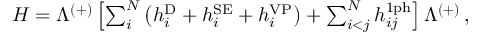
\begin{array} { r } { H = \Lambda ^ { ( + ) } \left[ \sum _ { i } ^ { N } \left( h _ { i } ^ { \mathrm { D } } + h _ { i } ^ { \mathrm { S E } } + h _ { i } ^ { \mathrm { V P } } \right) + \sum _ { i < j } ^ { N } h _ { i j } ^ { \mathrm { 1 p h } } \right] \Lambda ^ { ( + ) } \, , } \end{array}